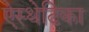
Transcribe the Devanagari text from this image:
ऐस्थेटिका